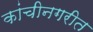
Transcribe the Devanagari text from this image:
कांचीनगरीत